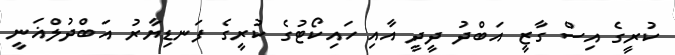
ކުރީގެ އިސް ގާޒީ އަބްދު ދީދީ އާއި ހައިކޯޓުގެ ކުރީގެ ފަނޑިޔާރު އަބްދުލްޣަނީ